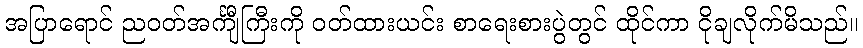
အပြာရောင် ညဝတ်အင်္ကျီကြီးကို ဝတ်ထားယင်း စာရေးစားပွဲတွင် ထိုင်ကာ ငိုချလိုက်မိသည်။